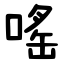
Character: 嗂